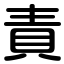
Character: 責